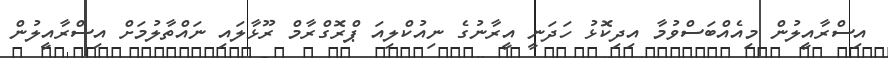
އިސްރާއީލުން މިއެއްބަސްވުމާ އިދިކޮޅު ހަދަނީ އީރާނުގެ ނިއުކްލިއަ ޕްރޮގްރާމް ރޫޅާލައި ނައްތާލުމަށް އިސްރާއީލުން